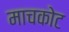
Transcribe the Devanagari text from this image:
माचकोट